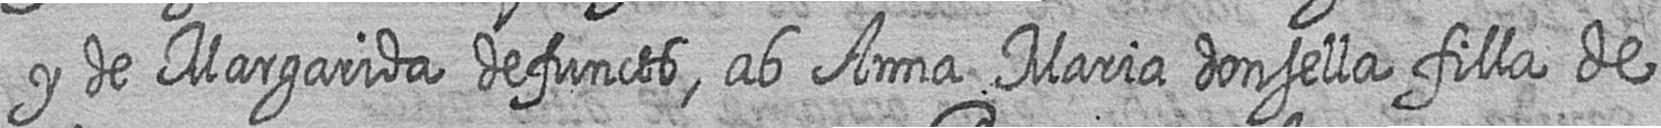
y de Margarida defuncts ab Anna Maria donsella filla de